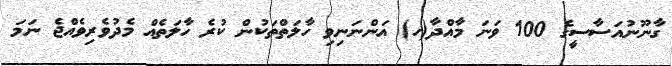
ގާނޫނުއަސާސީގެ 100 ވަނަ މާއްދާ(ހ) އަންނަނިވި ހާލަތްތަކުން ކުރެ ހާލަތެއް މެދުވެރިވެއްޖެ ނަމަ